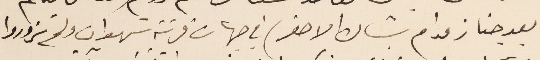
بعد جناز مدام بشاره الاصفر) في جهات قرنة شهوان ولم تزوروا